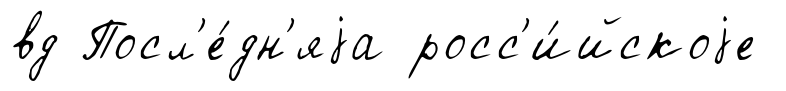
вд Посл'е́дн'яjа росс'и́йскоjе